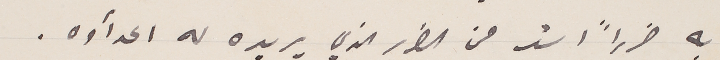
به ضرراً اشد من الضرر الذي يريده له اعدأوه.